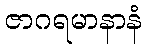
ဇာဂရမာနာနံ